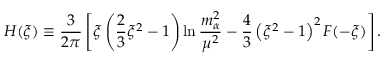
H ( \xi ) \equiv \frac { 3 } { 2 \pi } \left[ \xi \left( \frac { 2 } { 3 } \xi ^ { 2 } - 1 \right) \ln \frac { m _ { \alpha } ^ { 2 } } { \mu ^ { 2 } } - \frac { 4 } { 3 } \left( \xi ^ { 2 } - 1 \right) ^ { 2 } F ( - \xi ) \right] .